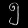
Digit: ၅